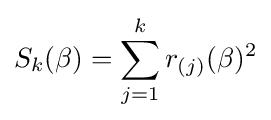
S_{k}(\beta )=\sum _{j=1}^{k}r_{(j)}(\beta )^{2}